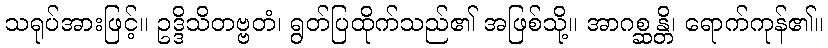
သရုပ်အားဖြင့်။ ဥဒ္ဒိသိတဗ္ဗတံ၊ ရွတ်ပြထိုက်သည်၏ အဖြစ်သို့။ အာဂစ္ဆန္တိ၊ ရောက်ကုန်၏။